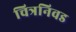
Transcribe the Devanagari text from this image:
चित्रनिवड